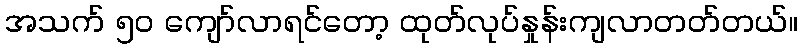
အသက် ၅၀ ကျော်လာရင်တော့ ထုတ်လုပ်နှုန်းကျလာတတ်တယ်။